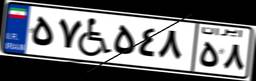
۳۶W۵۱۸۰۳